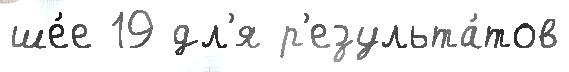
ше́е 19 дл'я р'езульта́тов